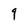
Character: 9